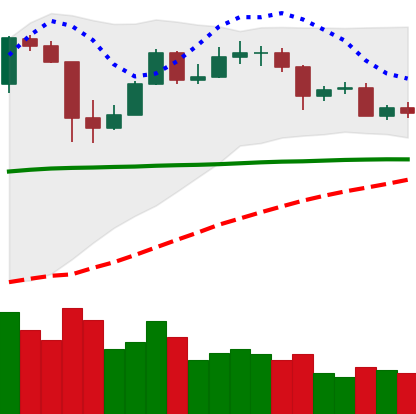
Ticker: BTC-USD
Chart end date: 2020-05-26
Forward return: 7.085%
Label: up_7plus